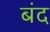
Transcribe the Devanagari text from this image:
बंद